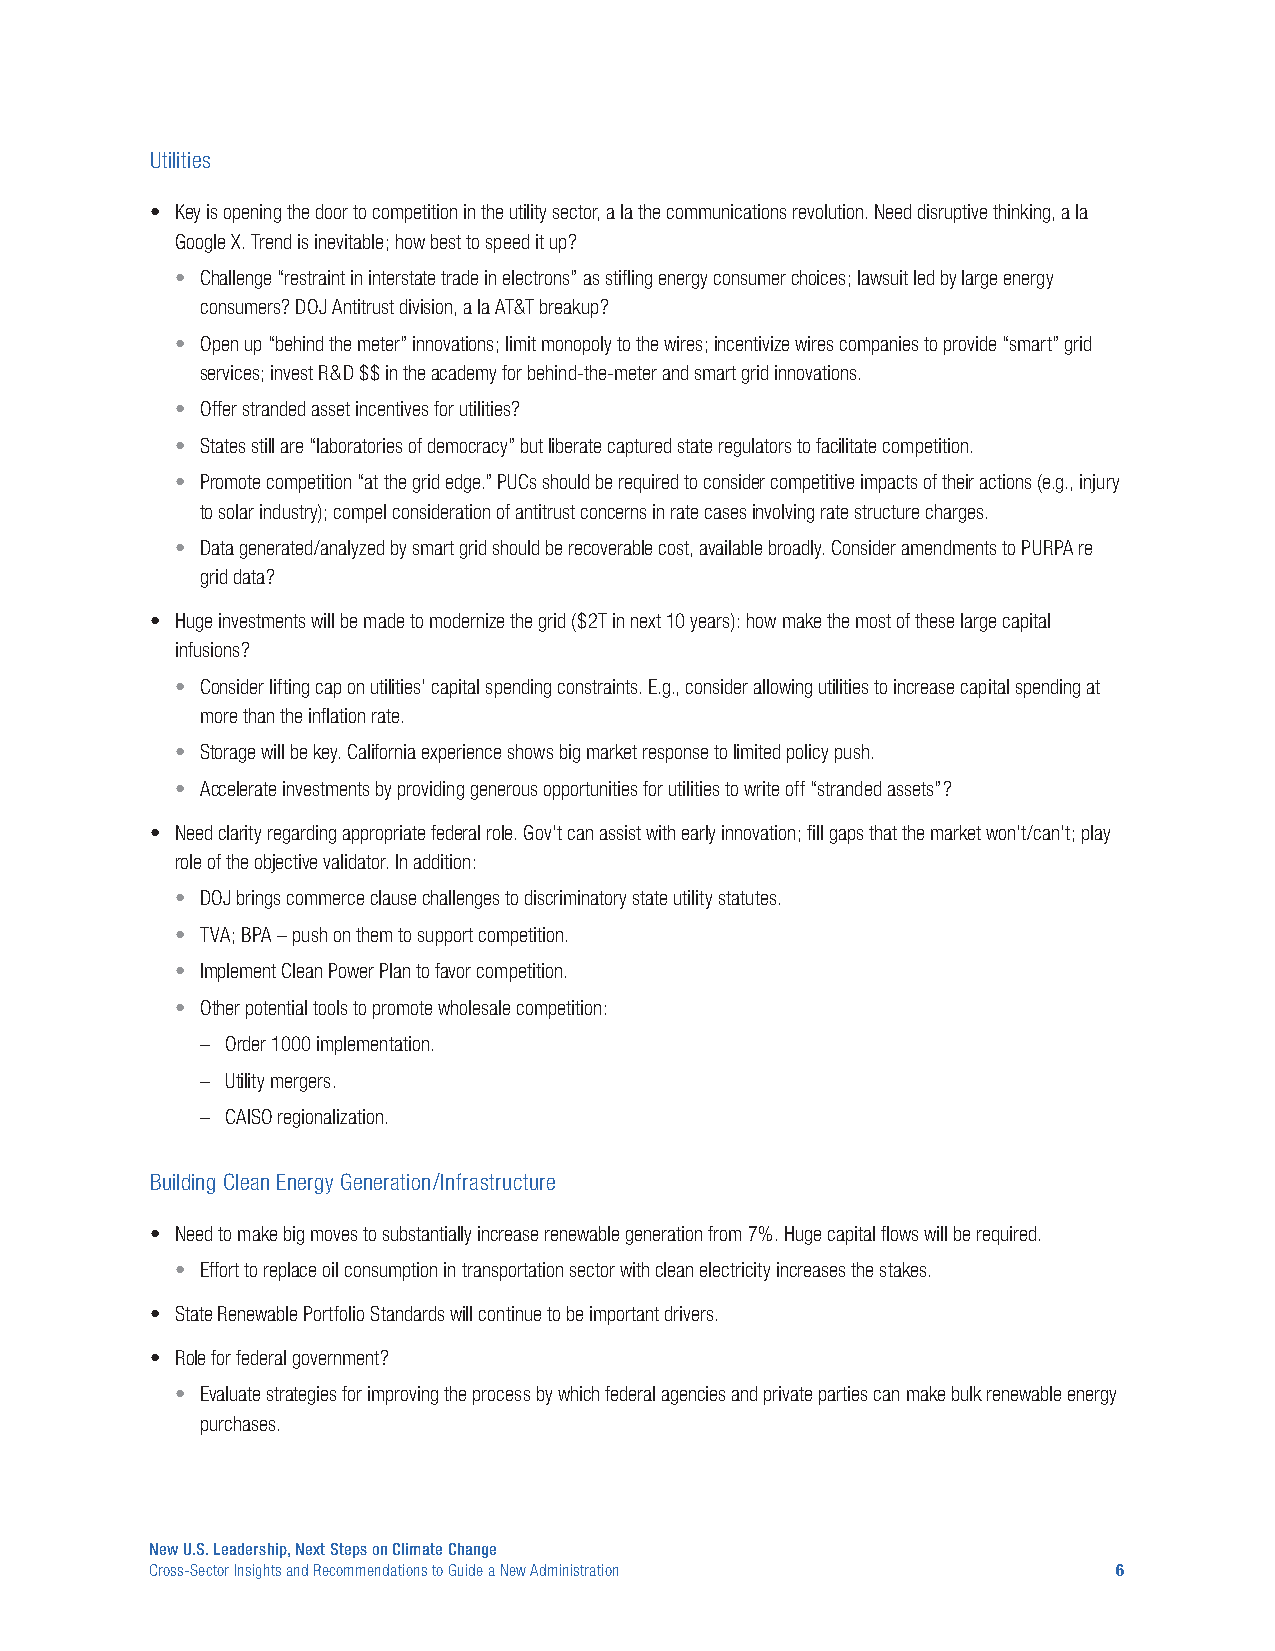
Utilities
 • Key is opening the door to competition in the utility sector, a la the communications revolution. Need disruptive thinking, a la
 Google X. Trend is inevitable; how best to speed it up?
 • Challenge “restraint in interstate trade in electrons” as stifling energy consumer choices; lawsuit led by large energy
 consumers? DOJ Antitrust division, a la AT&T breakup?
 • Open up “behind the meter” innovations; limit monopoly to the wires; incentivize wires companies to provide “smart” grid
 services; invest R&D $$ in the academy for behind-the-meter and smart grid innovations.
 • Offer stranded asset incentives for utilities?
 • States still are “laboratories of democracy” but liberate captured state regulators to facilitate competition.
 • Promote competition “at the grid edge.” PUCs should be required to consider competitive impacts of their actions (e.g., injury
 to solar industry); compel consideration of antitrust concerns in rate cases involving rate structure charges.
 • Data generated/analyzed by smart grid should be recoverable cost, available broadly. Consider amendments to PURPA re
 grid data?
 • Huge investments will be made to modernize the grid ($2T in next 10 years): how make the most of these large capital
 infusions?
 • Consider lifting cap on utilities’ capital spending constraints. E.g., consider allowing utilities to increase capital spending at
 more than the inflation rate.
 • Storage will be key. California experience shows big market response to limited policy push.
 • Accelerate investments by providing generous opportunities for utilities to write off “stranded assets”?
 • Need clarity regarding appropriate federal role. Gov’t can assist with early innovation; fill gaps that the market won’t/can’t; play
 role of the objective validator. In addition:
 • DOJ brings commerce clause challenges to discriminatory state utility statutes.
 • TVA; BPA – push on them to support competition.
 • Implement Clean Power Plan to favor competition.
 • Other potential tools to promote wholesale competition:
 – Order 1000 implementation.
 – Utility mergers.
 – CAISO regionalization.
 Building Clean Energy Generation/Infrastructure
 • Need to make big moves to substantially increase renewable generation from 7%. Huge capital flows will be required.
 • Effort to replace oil consumption in transportation sector with clean electricity increases the stakes.
 • State Renewable Portfolio Standards will continue to be important drivers.
 • Role for federal government?
 • Evaluate strategies for improving the process by which federal agencies and private parties can make bulk renewable energy
 purchases.
 New U.S. Leadership, Next Steps on Climate Change
 Cross-Sector Insights and Recommendations to Guide a New Administration 6